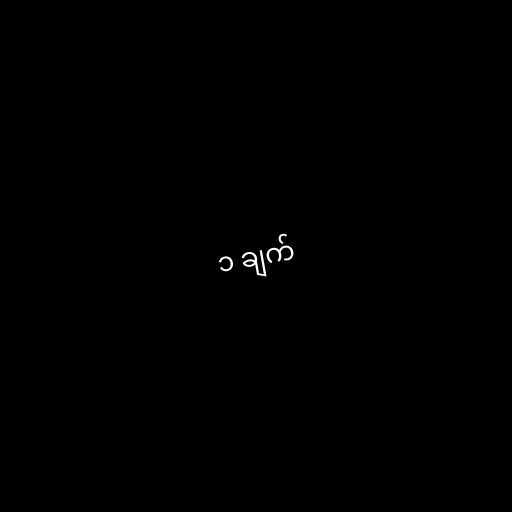
၁ ချက်